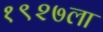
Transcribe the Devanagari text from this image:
१९२७ला